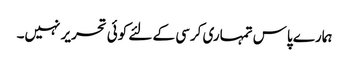
ہمارے پاس تمہاری کرسی کے لئے کوئی تحریر نہیں۔